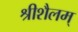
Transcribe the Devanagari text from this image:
श्रीशैलम्